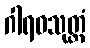
ဂါရဝသုတ္တံ